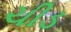
ચીડ